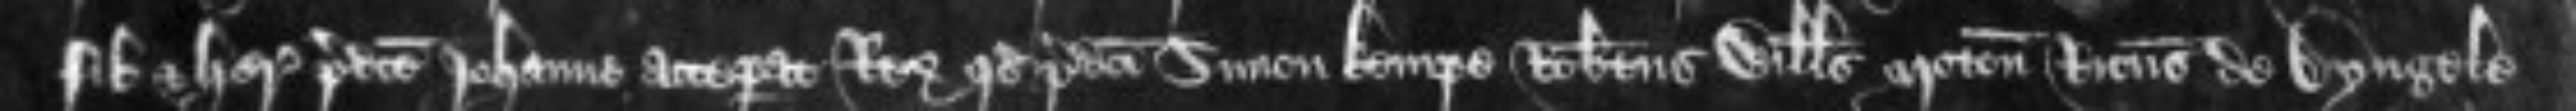
filii et heredis predicte Johanne acceperat Rex quod predicti Simon Kempe Robertus Willelmus Moton Ricardus de Dyngele